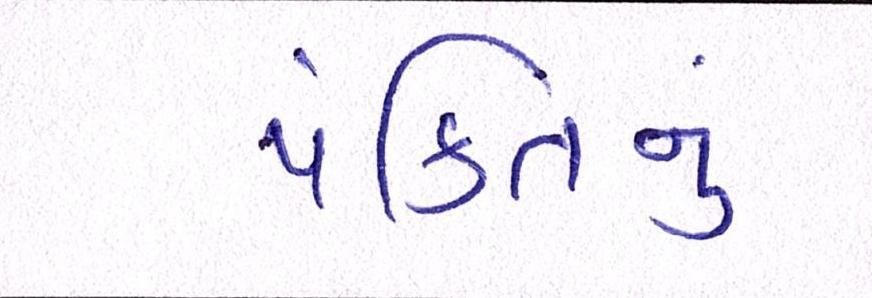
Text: પંક્તિનું